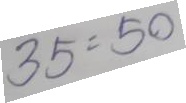
35 = 50